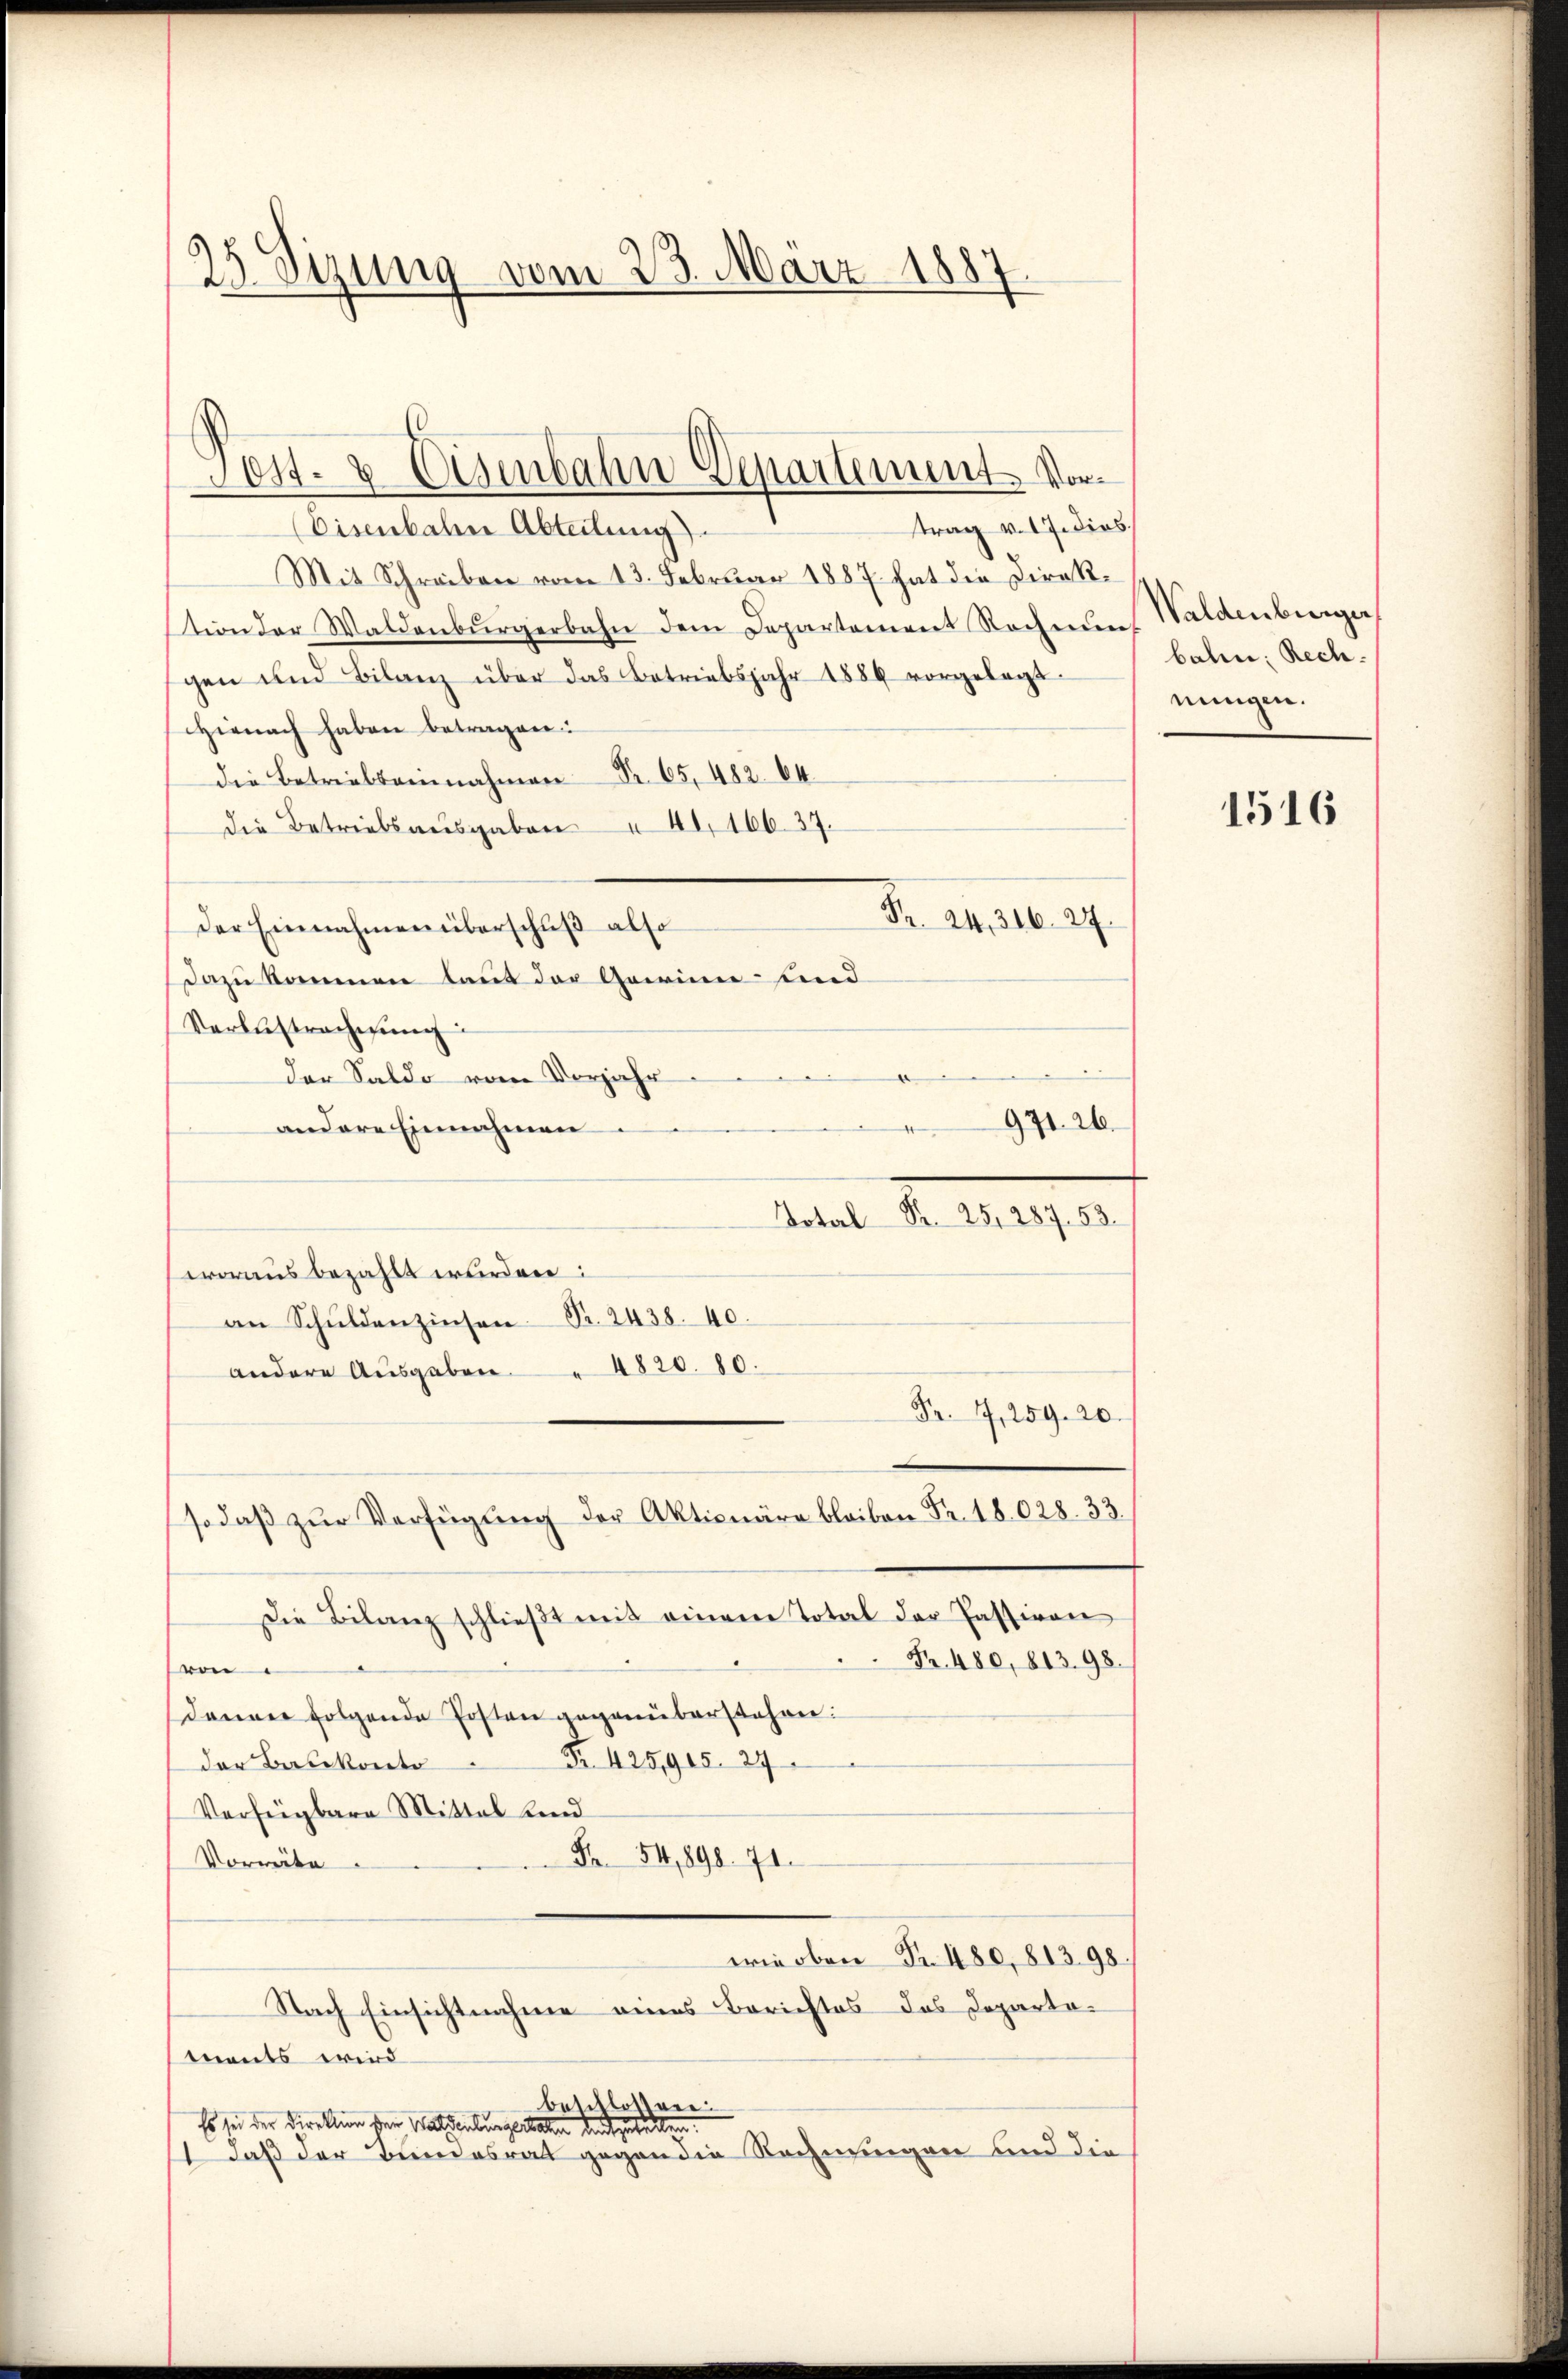
25. Sizung vom 23. März 1887

Post- & Eisenbahn Departement Vor¬

trag v. 17. dies
(Eisenbahne Abteilung
Mit Schreiben vom 13. Februar 1887 hat die Direktion der Waldenbŭrgerbahn dem Departement Rechnung
gen und Bilanz über das Betriebsjahr 1886 vorgelegt.
Hienach haben betragen:
die Betriebsannahmen Fr. 65, 482. 64.
die Betriebsausgaben " 40, 16637.
Fr. 24, 316. 27.
der Einnahmen überschuß also
Dazu kommen laut der Garinn sind
Verbestrachtung
e
der Saldo vom Vorjahr
971. 26.
andere Einnahmen.
Dotal Pr. 25, 287. 53.
woraus bezahlt wurden:
an Schŭldenzinsen Fr. 2438. 40.
andere Ausgaben. " 4820. 80.
Fr. 7, 259. 20.
so daβ zŭr Verfügŭng der Aktionäre bleiben Fr. 18028. 33.
Die Bilanz schlieβt mit einem Total der Passiven
Fr. 480, 81398.
von
denen folgende Posten gegenüberstehen:
der Balkonto . . 425,905. 29
Verfügbare Mittel und
Fr. 54,898. 71.
Vorweite
wie oben Fr. 480, 81398
Nach Einsichtnahme eines Berichtes des Departamnents wird
beschlossen.
Es sei der Direktion der Waldenburgischen und geteilen.
1 daß der Bundesrat gegen die Rechnungen und die

Waldenburger
balm: Rechnungen.

1516